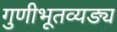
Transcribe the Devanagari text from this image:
गुणीभूतव्यङ्य